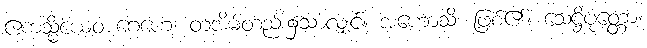
ဧကသ္မိံယေဝ ဂေဟေ၊ တအိမ်တည်း၌သာလျှင်။ အဟောသိ၊ ဖြစ်၏။ သေဋ္ဌိပုတ္တော၊